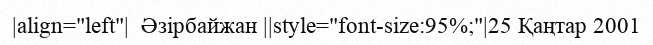
|align="left"|  Әзірбайжан ||style="font-size:95%;"|25 Қаңтар 2001